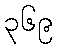
၃၆၉